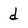
Character: d